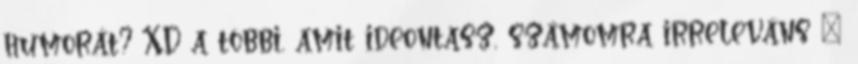
humorát? XD a többi, amit ideontasz, számomra irreleváns ”